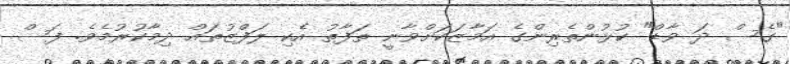
"ގެސް ދަ ވާާޑް" ކުޅުންތެރިންގެ އަމާޒަކަށްވާނީ ތަފާތު އެކި ލަފްޒުތައް ދިމާކުރުމެވެ. ފަސް